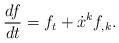
LaTeX: \begin{align*}\frac{df}{dt}=f_{t}+\dot{x}^{k}f_{,k}.\end{align*}